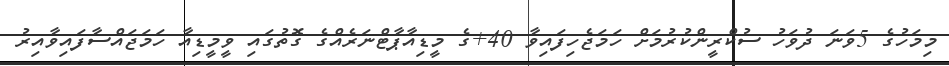
މިމަހުގެ 5ވަނަ ދުވަހު ސުކްރީންކުރުމަށް ހަމަޖެހިފައިވާ 40+ގެ މީޑިއާޕާޓްނަރެއްގެ ގޮތުގައި ވީމީޑިއާ ހަމަޖައްސާފައިވާއިރު